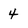
Character: 4